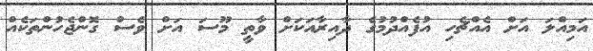
އަމިއްލަ އަށް އެއްޗެހި އުފެއްދުމުގެ ދާއިރާއަކަށް ވާތީ މޫސަ އަށް ވެސް ގޮންޖެހުންތަކެއް